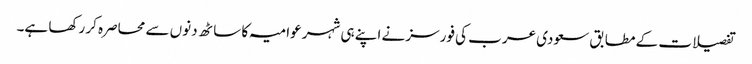
تفصیلات کے مطابق سعودی عرب کی فورسز نے اپنے ہی شہر عوامیہ کا ساٹھ دنوں سے محاصرہ کر رکھا ہے۔